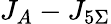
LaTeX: J_{A}-J_{5\Sigma}